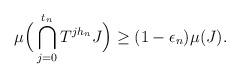
LaTeX: \begin{align*}\mu\Big(\bigcap_{j=0}^{t_n}T^{jh_n}J\Big) \geq (1-\epsilon_n)\mu(J).\end{align*}